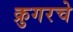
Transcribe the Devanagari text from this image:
क्रुगरचे